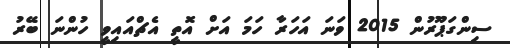
ސިންގަޕޫރުން 2015 ވަނަ އަހަރާ ހަމަ އަށް އޮތީ އެޗްއައިވީ ހުންނަ ބޭރު